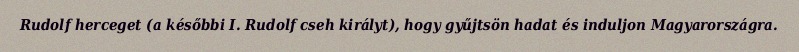
Rudolf herceget (a későbbi I. Rudolf cseh királyt), hogy gyűjtsön hadat és induljon Magyarországra.